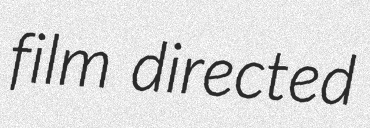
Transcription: film directed